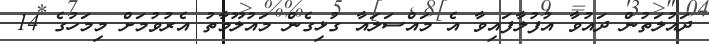
ދައުލަތުން ދައުވާ އުފުލާފައިވާ އެ މައްސަލައާ ގުޅިގެން މައުލޫމާތު އެރުވުމަށް މިމަހުގެ 14